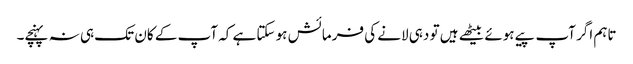
تاہم اگر آپ پیے ہوئے بیٹھے ہیں تو دہی لانے کی فرمائش ہو سکتا ہے کہ آپ کے کان تک ہی نہ پہنچے۔